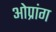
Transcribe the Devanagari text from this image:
ओप्रांग